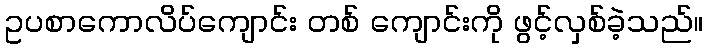
ဥပစာကောလိပ်ကျောင်း တစ် ကျောင်းကို ဖွင့်လှစ်ခဲ့သည်။